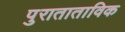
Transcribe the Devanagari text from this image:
पुराताताविक